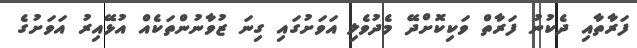
ފަރާތާއި ދެކުނު ފަރާތް ވަކިކޮށްދޭ މެދުވެލި އަވަށުގައި ގިނަ ޒުވާނުންތަކެއް އުޅޭއިރު އަވަށުގެ